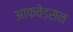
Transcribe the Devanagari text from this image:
आफवेडसन